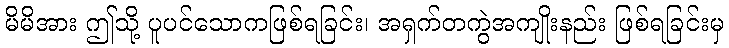
မိမိအား ဤသို့ ပူပင်သောကဖြစ်ရခြင်း၊ အရှက်တကွဲအကျိုးနည်း ဖြစ်ရခြင်းမှ